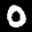
Label: 0